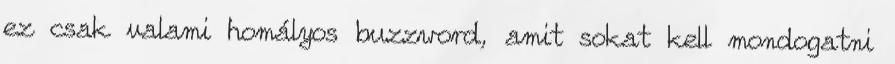
ez csak valami homályos buzzword, amit sokat kell mondogatni